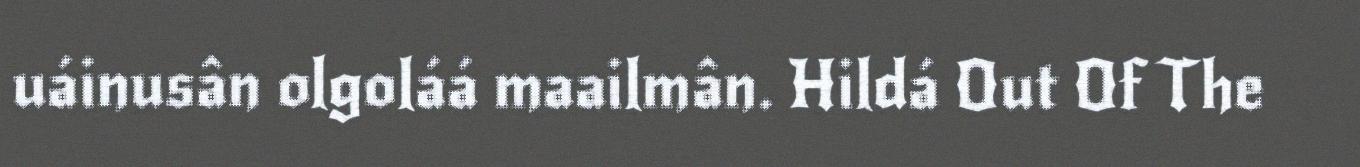
uáinusân olgoláá maailmân. Hildá Out Of The